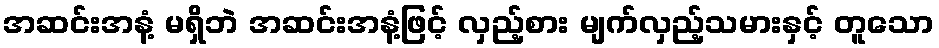
အဆင်းအနံ့ မရှိဘဲ အဆင်းအနံ့ဖြင့် လှည့်စား မျက်လှည့်သမားနှင့် တူသော